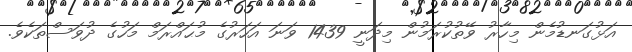
އަޅުގަނޑުމެން މިހާރު ވޭތުކުރަމުން މިދަނީ 1439 ވަނަ އަހަރުގެ މުޙައްރަމް މަހުގެ ދުވަސްތަކެވެ.